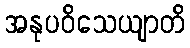
အနုပဝိသေယျာတိ